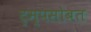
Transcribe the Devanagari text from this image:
ट्रम्पसोबत